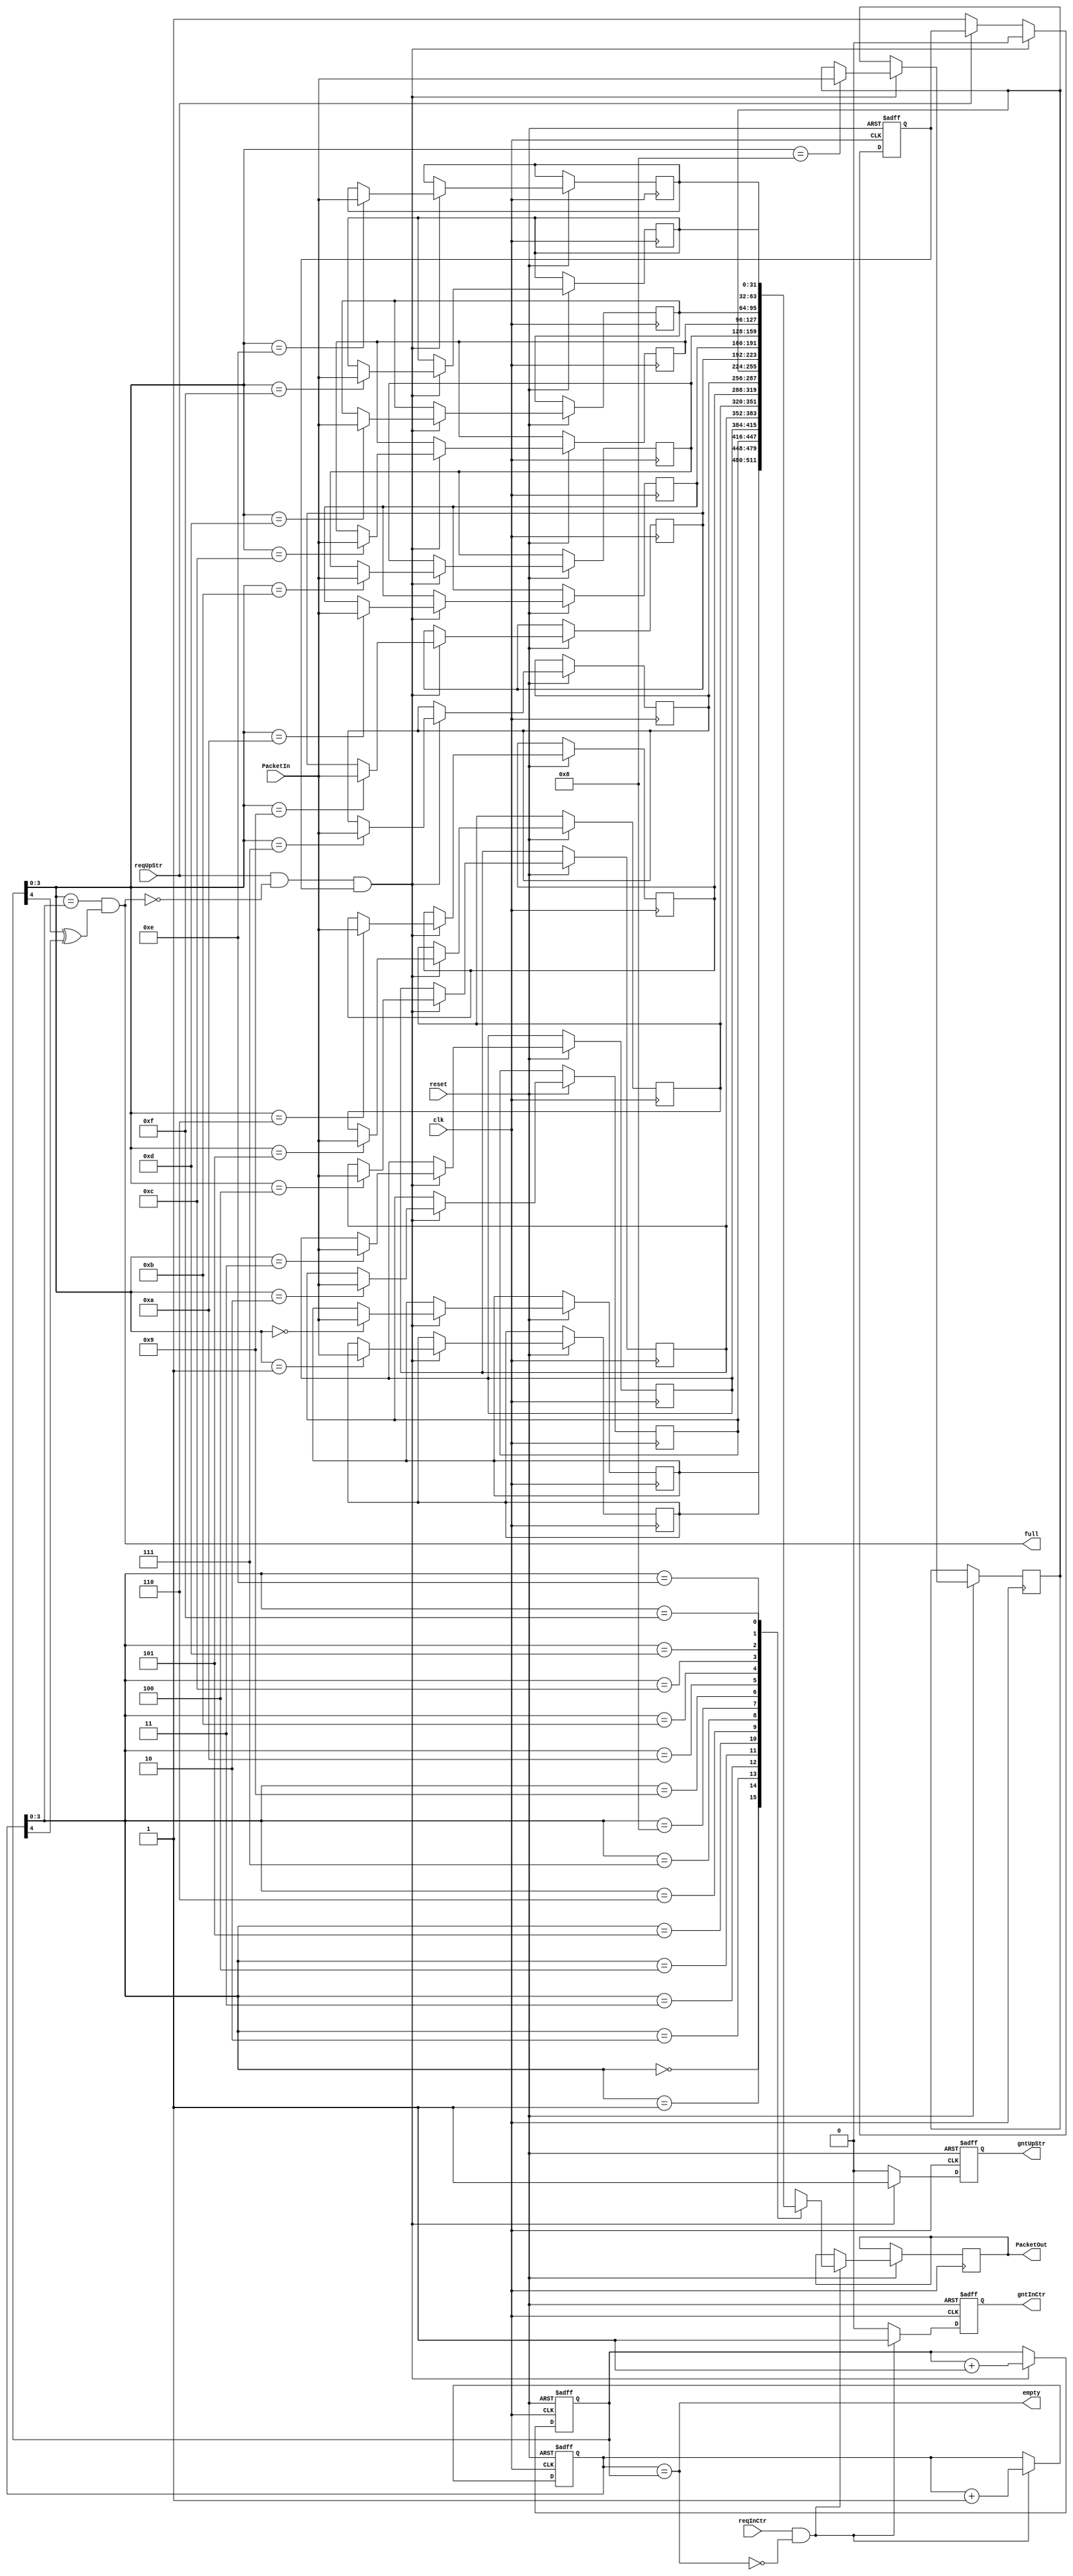
`timescale 1ns / 1ps
//////////////////////////////////////////////////////////////////////////////////
// Company: 
// Engineer: 
// 
// Design Name: 
// Module Name:    FIFO_M 
// Project Name: 
// Target Devices: 
// Tool versions: 
// Description: 
//
// Dependencies: 
//
// Revision: 
// Revision 0.01 - File Created
// Additional Comments: 
//
//////////////////////////////////////////////////////////////////////////////////
module FIFO ( clk, reset, reqUpStr , gntUpStr , full, PacketIn,
                         reqInCtr , gntInCtr , empty, PacketOut );
// --------------------------------------------------------------------------- //
// ------------------------ Parameter Declarations --------------------------- //
parameter dataWidth = 32; // number of bits for data bus
parameter addressWidth = 4;// number of bits for address bus
parameter fifoDepth =  ( ( 1 << addressWidth ) - 1 ); // number of entries in fifo buffer
parameter dim = 2;// dimension of x,y fields in source and destination  
// ------------------------ Inputs Declarations ------------------------------ //
input clk;
input reset;
input reqUpStr;// Up stream router request  
input reqInCtr;// Input controller request  
input [dataWidth-1:0] PacketIn;// input data Packet to fifo
// ------------------------ Outputs Declarations ----------------------------- //
output gntUpStr;// Up stream router grant  
output gntInCtr;// Input controller grant  
output full;// indicator for FIFO buffer .. if full = 1 else = 0
output empty;// indicator for FIFO buffer .. if empty = 1 else = 0
output [dataWidth-1:0] PacketOut;// output data Packet form fifo
// --------------------------- Wire Declarations ----------------------------- //
wire clk;
wire reset;
wire reqUpStr;// Up stream router request  
reg  gntUpStr;// Up stream router grant  
wire reqInCtr;// Input controller request  
wire [dataWidth-1:0] PacketIn;// input data Packet to fifo
reg [dataWidth-1:0] PacketOut;// output data Packet form fifo
wire full;// indicator for FIFO buffer .. if full = 1 else = 0
wire empty;// indicator for FIFO buffer .. if empty = 1 else = 0
//reg writeEnable;// write enable to ram buffer
//reg readEnable;// read enable to ram buffer
//wire [addressWidth-1:0] compAddr;// variable used to compare address   
//wire [addressWidth:0] compAddr;// i add extra bit due to addition
// ------------------------ Registers Declarations --------------------------- // 
reg gntInCtr;// Input controller grant 
wire [addressWidth-1:0] writeAddr;// write address to ram buffer
wire [addressWidth-1:0] readAddr;// read address from ram buffer
reg [addressWidth:0] write_ptr;// write pointer to get Full and Empty flags
reg [addressWidth:0] read_ptr;// write pointer to get Full and Empty flags
reg EnableGnt;
reg [dataWidth-1:0] ram[2**addressWidth-1:0];
//=============================================================================
// Extracting read and write address from corrosponding pointers
assign readAddr = read_ptr [addressWidth-1:0];
assign writeAddr = write_ptr [addressWidth-1:0];
assign read_buf = reqInCtr && !empty;// read signal ... 
assign write_buf = reqUpStr && !full && EnableGnt ;// write signal ... 
// Generating fifo full status
// FIFO full is asserted when both pointers point to same address but their
// MSBs are different
assign full = ( (writeAddr == readAddr) &&
(write_ptr[addressWidth] ^ read_ptr[addressWidth]) );	
//FIFO is empty when read pointer is same as write pointer
assign empty = ( read_ptr == write_ptr ); // MSBs are idintical



always @(posedge clk or negedge reset)
  begin
    if( !reset)//reset all registers
      begin 
        gntInCtr  <= 0; gntUpStr <= 0; EnableGnt <= 1;  //DataBuffer = 0;
        write_ptr <= {(addressWidth+1){1'b0}}; //readEnable	 <= 0; writeEnable <= 0; 
		  read_ptr <= {(addressWidth+1){1'b0}};  
      end
    else 
      begin
// handle request from up stream router 
			if ( !reqUpStr)
				EnableGnt <= 1;			
//  ---------------------------- write process ------------------------- // 			
			 if (write_buf)// Buffer not Full
				begin
						gntUpStr 	<= 1;	EnableGnt <= 0; //writeEnable <= 1;
					//write_ptr <= write_ptr + {{addressWidth{1'b0}},1'b1};
					write_ptr <= write_ptr + 1'b1;
					//writeAddr	<= writeAddr + 1'b1;
					 ram[writeAddr] <= PacketIn;
				end
			else	
			begin	
			gntUpStr 	<= 0; //writeEnable <= 0; 
			end								
// ----------------------------- read process -------------------------- //
			if (read_buf )
				begin						
					 gntInCtr <= 1; //readEnable  <= 1;
					//read_ptr <= read_ptr + {{addressWidth{1'b0}},1'b1};
					read_ptr <= read_ptr + 1'b1;
					//readAddr 	<= readAddr + 1'b1;	
				   PacketOut <= ram[readAddr];
				end
			else 
			begin	
			gntInCtr	<= 0;  //readEnable  <= 0;	
			end		
      end // reset
  end // always  

//// Memory write
//always @(posedge clk or negedge reset)
//begin
//if (writeEnable)
//ram[writeAddr] <= PacketIn;
//end
//// Memory Read
//always @(posedge clk)
//begin
//if (readEnable)
//begin
//PacketOut <= ram[readAddr];
//end
//end

endmodule

// ------------------------  instantiation Devices --------------------------- //

/* instantiate ram to buffer received Packet. */
//ram # (.dataWidth(dataWidth),.addressWidth(addressWidth)) fifoBuffer
//(
//.clk(clk),
//.reset(reset),
//.writeEn(writeEnable),
//.readEn(readEnable),
//.writeAddr(writeAddr),
//.readAddr(readAddr),
//.dataIn(PacketIn),
//.dataOut(PacketOut)
//);
//initial 
//   begin 
//		gntInCtr 	<= 0;
//		gntUpStr		<= 0;
//		writeEnable <= 0;
//		readEnable	<= 0;
//		writeAddr	<= 0;
//		readAddr 	<= 0;	
//		EnableGnt <= 1;		
//   end
//	
//// ----------------------- Sequential  Logic  -------------------------------- //
//always @(posedge clk or negedge reset)
//  begin
//    if( !reset)//reset all registers
//      begin 
//        gntInCtr 		<= 0;
//		  gntUpStr		<= 0;
//		  readEnable	<= 0;
//		  writeEnable 	<= 0;
//        writeAddr 	<= 0;
//        readAddr 		<= 0;
//		  EnableGnt <= 1;
//      end
//      // --------------------------------------------------------------------- //
//    else
//      begin
//// handle request from up stream router 
//			if ( !reqUpStr)
//				EnableGnt <= 1;			
//				
//			 if ( reqUpStr && ! full  && EnableGnt)// Buffer not Full
//				begin
//					gntUpStr 	<= 1;
//					EnableGnt 	<= 0;
//					writeEnable <= 1;
//					writeAddr	<= writeAddr + 1'b1;
//				end
//			else
//				begin
//					gntUpStr 	<= 0;
//					writeEnable <= 0;
//				end
//			
//			if ( reqInCtr && ! empty )
//				begin						
//					gntInCtr		<= 1; 
//					readEnable  <= 1;
//					readAddr 	<= readAddr +1'b1;						
//				end
//			else 
//				begin
//					readEnable  <= 0;
//					gntInCtr		<= 0;
//				end
//      end // reset
//  end // always  
//// ----------------------- Combinational Logic  ------------------------------ //
//// enabel writing to fifo when request is applied from Up stream Router
////assign writeEnable = (! gntUpStr )? reqUpStr : 1'b0 ; // if full writeEn=req else 0;
//							/*(cond) ? (result if cond true):(result if cond false)*/
//// enable reading from fifo when request is applied from input Controller
////assign gntInCtr = (! empty )? reqInCtr : 1'b0 ;
//
////assign readEnable = (! empty )? reqInCtr : 1'b0 ;
//// address compare signal 
//assign compAddr = readAddr + fifoDepth ;
//// full indicator when write address equals to fifo depth
//assign full = ( writeAddr == compAddr ); // shalaby
////assign full_FFC = ( writeAddr == (compAddr-4) ); // shalaby
////assign full = ( (writeAddr == compAddr) & writeEnable ); // maher
//// empty indicator when read address equals to read address.
//assign empty = ( writeAddr == readAddr );
//// --------------------------------------------------------------------------- //
//endmodule